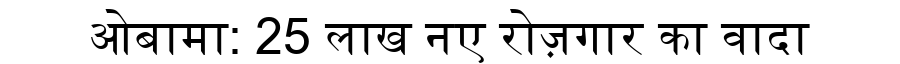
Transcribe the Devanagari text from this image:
ओबामा: 25 लाख नए रोज़गार का वादा